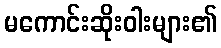
မကောင်းဆိုးဝါးများ၏